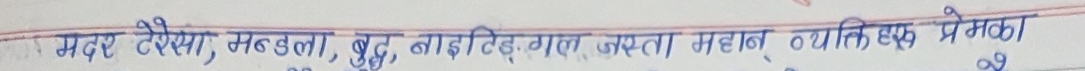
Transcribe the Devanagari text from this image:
मदर टेरेसा, मण्डेला, बुद्ध, बाइस्टिड्‌गल जस्ता महान व्यक्ति एक प्रेमका